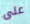
على